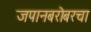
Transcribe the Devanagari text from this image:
जपानबरोबरचा